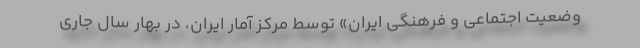
وضعیت اجتماعی و فرهنگی ایران» توسط مرکز آمار ایران، در بهار سال جاری